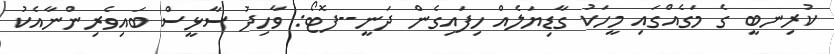
ކުރިނބީ ގެ މަގެއްގައި މީހަކު ގާޑިޔަލެއް ހިފައިގެން ދަނީ--ފޮޓޯ: ވާހިދު ސާޅީސް ބައިވެރިންނާއެކު